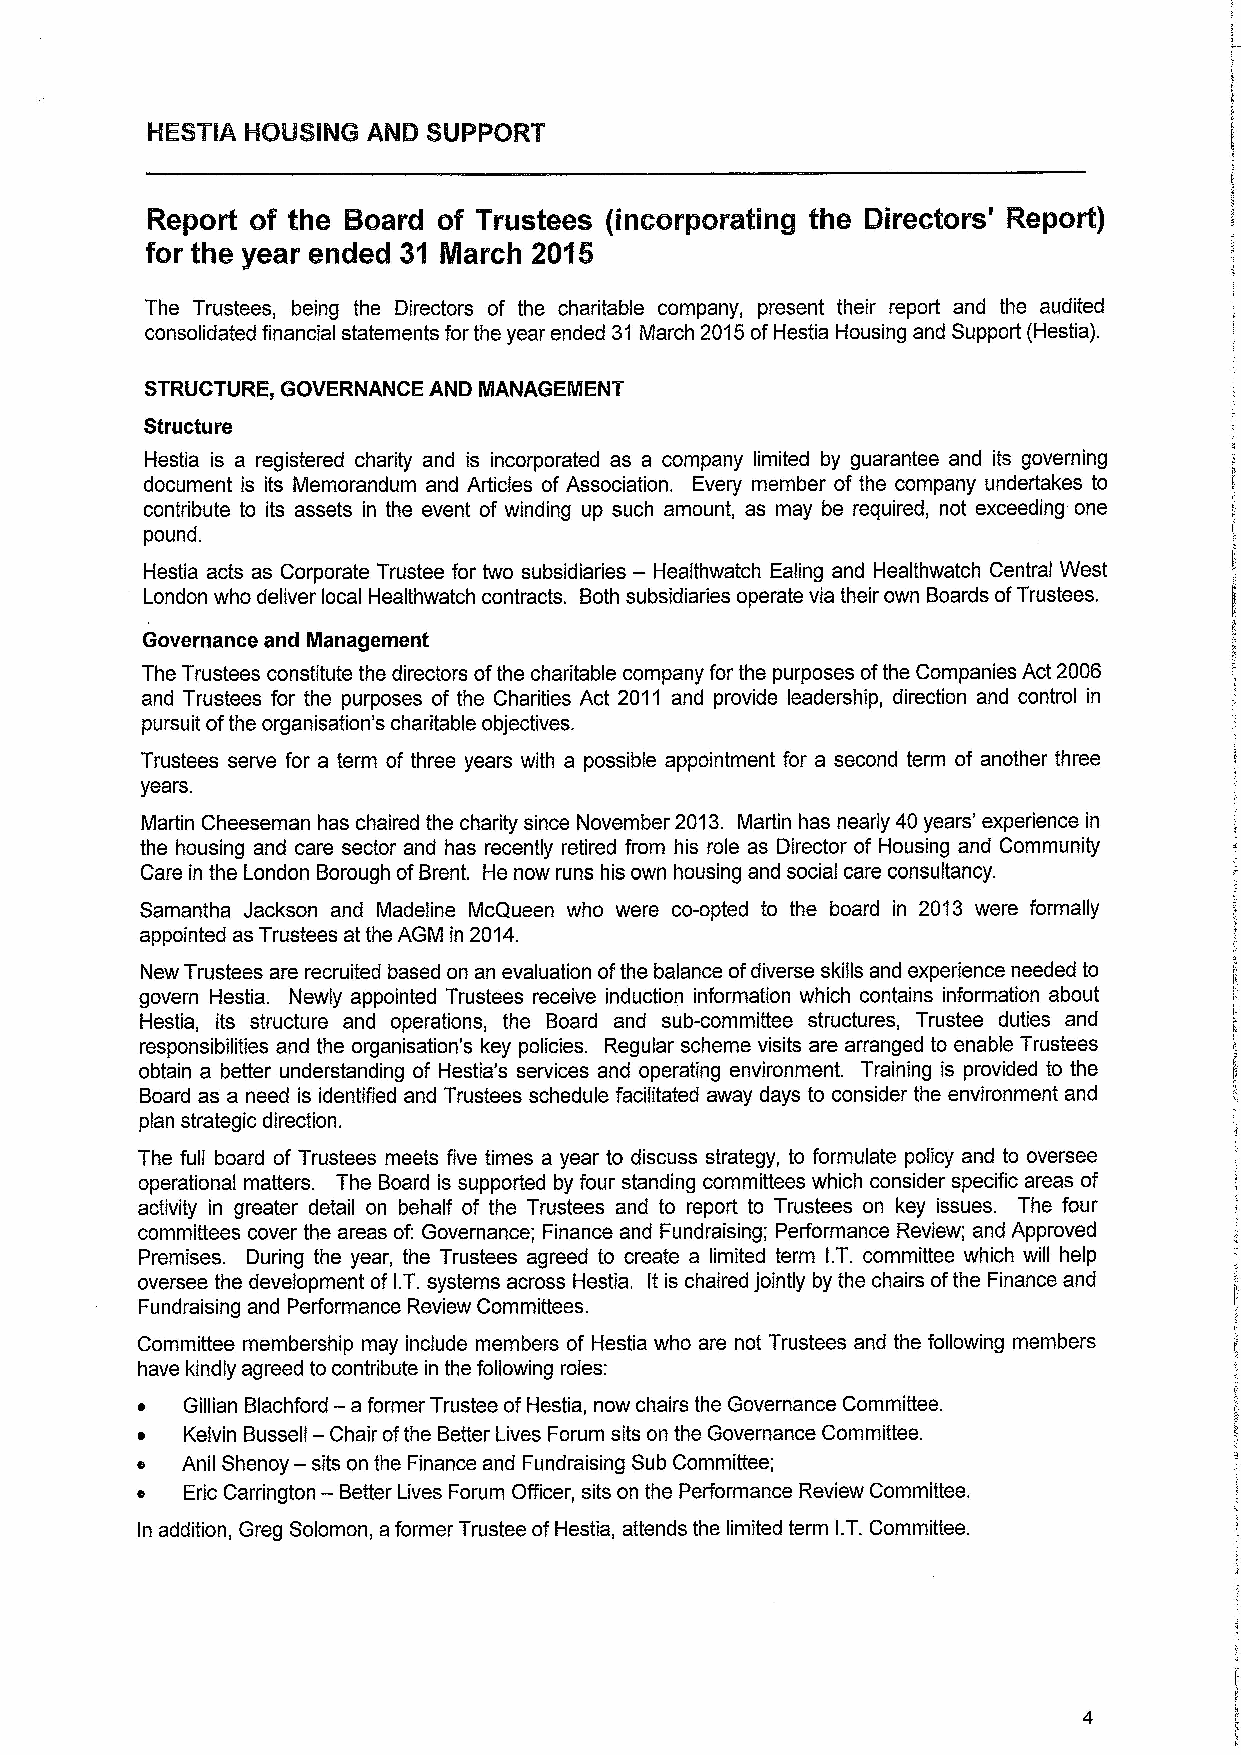
Report of the Board of Trustees (incorporating the Directors' Report)
 for the year ended 31 March 2015
 The Trustees, being the Directors of the charitable company, present their report and the audited
 consolidated financial statements for the year ended 31 March 2015ofHestia Housing and Support (Hestia).
 STRUCTURE, GOVERNANCE AND MANAGEIIENT
 Structure
 Hestia is a registered charity and is incorporated as a company limited by guarantee and its governing
 document is its Memorandum and Articles of Association. Every member of the company undertakes to
 contribute to its assets in the event of winding up such amount, as may be required, not exceeding one
 pound.
 Hestia acts as Corporate Trustee for two subsidiaries — Healthwatch Ealing and Healthwatch Central West
 London who deliver local Healthwatch contracts. Both subsidiaries operate via their own Boards ofTrustees.
 Governance and Ilanagement
 The Trustees constitute the directors ofthe charitable company for the purposes ofthe Companies Act 2006
 and Trustees for the purposes of the Charities Act 2011 and provide leadership, direction and control in
 pursuit ofthe organisation's charitable objectives.
 Trustees serve for a term of three years with a possible appointment for a second term of another three
 years.
 Martin Cheeseman has chaired the charity since November 2013. Martin has nearly 40years' experience in
 the housing and care sector and has recently retired from his role as Director of Housing and Community
 Care in the London Borough ofBrent. He now runs his own housing and social care consultancy.
 Samantha Jackson and Madeline McQueen who were co-opted to the board in 2013 were formally
 appointed as Trustees at the AGM in 2014.
 New Trustees are recruited based on an evaluation ofthe balance ofdiverse skills and experience needed to
 govern Hestia. Newly appointed Trustees receive induction information which contains information about
 Hestia, its structure and operations, the Board and sub-committee structures, Trustee duties and
 responsibilities and the organisation's key policies. Regular scheme visits are arranged to enable Trustees
 obtain a better understanding of Hestia's services and operating environment. Training is provided to the
 Board as a need is identified and Trustees schedule facilitated away days to consider the environment and
 plan strategic direction.
 The full board of Trustees meets five times a year to discuss strategy, to formulate policy and to oversee
 operational matters. The Board is supported by four standing committees which consider specific areas of
 activity in greater detail on behalf of the Trustees and to report to Trustees on key issues. The four
 committees cover the areas of: Governance; Finance and Fundraising; Performance Review; and Approved
 Premises. During the year, the Trustees agreed to create a limited term I.T. committee which will help
 oversee the development of I.T.systems across Hestia. It is chaired jointly by the chairs ofthe Finance and
 Fundraising and Performance Review Committees.
 Committee membership may include members of Hestia who are not Trustees and the following members
 have kindly agreed to contribute in the following roles:
 —
 o  Gillian Blachford a former Trustee ofHestia, now chairs the Governance Committee.
 o  Kelvin Bussell — Chair ofthe Better Lives Forum sits on the Governance Committee.
 —
 Anil Shenoy sits on the Finance and Fundraising Sub Committee;
 —
 Eric Carrington Better Lives Forum Officer, sits on the Performance Review Committee.
 In addition, Greg Solomon, aformer Trustee ofHestia, attends the limited term I.T.Committee.